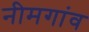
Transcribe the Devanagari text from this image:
नीमगांव